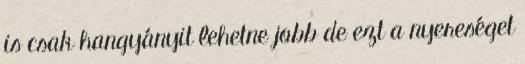
is csak hangyányit lehetne jobb de ezt a nyereséget